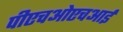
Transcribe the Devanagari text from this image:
पीएचओएचआई